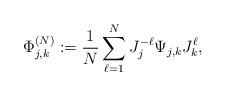
LaTeX: \begin{align*} \Phi_{j,k}^{(N)} := \frac{1}{N} \sum_{\ell=1}^{N} J_j^{-\ell} \Psi_{j,k} J_k^{\ell},\end{align*}